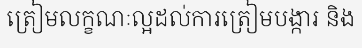
ត្រៀមលក្ខណៈល្អដល់ការត្រៀមបង្ការ និង